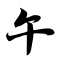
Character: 午